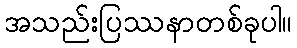
အသည်းပြဿနာတစ်ခုပါ။